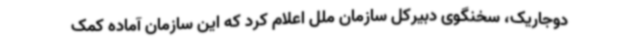
دوجاریک، سخنگوی دبیرکل سازمان ملل اعلام کرد که این سازمان آماده کمک